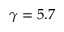
\gamma = 5 . 7